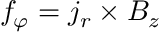
f _ { \varphi } = j _ { r } \times B _ { z }